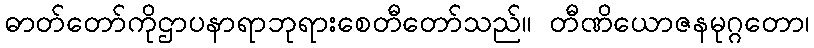
ဓာတ်တော်ကိုဌာပနာရာဘုရားစေတီတော်သည်။ တီဏိယောဇနမုဂ္ဂတော၊